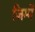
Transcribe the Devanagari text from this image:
जिम्में